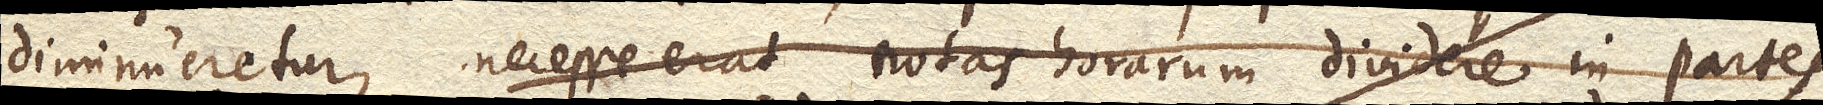
diminueretur, necesse erat rotas horarum dividere in partes